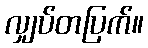
လျှပ်တပြက်။